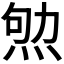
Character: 𰞨